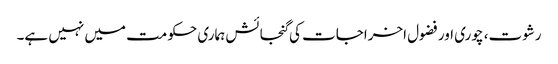
رشوت، چوری اور فضول اخراجات کی گنجائش ہماری حکومت میں نہیں ہے۔